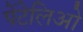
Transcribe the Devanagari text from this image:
पेंटेलिओ